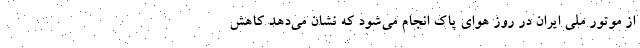
از موتور ملی ایران در روز هوای پاک انجام می‌شود که نشان می‌دهد کاهش